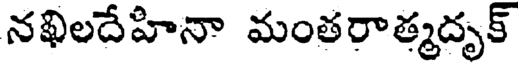
నఖిలదేహినా మంతరాత్మదృక్